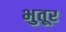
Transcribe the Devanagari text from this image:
भुतूर